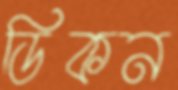
ডিকন